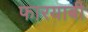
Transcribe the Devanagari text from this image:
फारयाबी